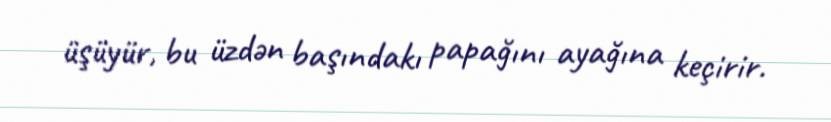
üşüyür, bu üzdən başındakı papağını ayağına keçirir.